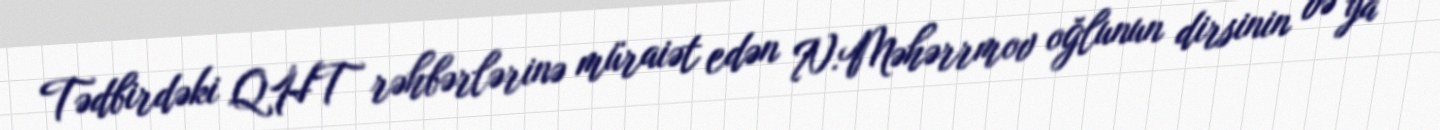
Tədbirdəki QHT rəhbərlərinə müraiət edən N.Məhərrmov oğlunun dirsinin və ya